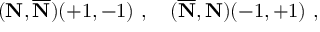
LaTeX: ( { \bf N } , { \overline { { { \bf N } } } } ) ( + 1 , - 1 ) ~ , ~ ~ ~ ( { \overline { { { \bf N } } } } , { { \bf N } } ) ( - 1 , + 1 ) ~ ,